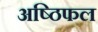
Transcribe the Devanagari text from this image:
अष्ठिफल